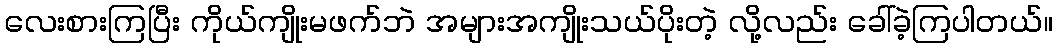
လေးစားကြပြီး ကိုယ်ကျိုးမဖက်ဘဲ အများအကျိုးသယ်ပိုးတဲ့ လို့လည်း ခေါ်ခဲ့ကြပါတယ်။